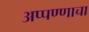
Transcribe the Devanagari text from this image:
अप्पण्णाचा